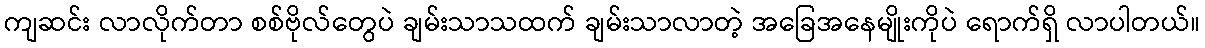
ကျဆင်း လာလိုက်တာ စစ်ဗိုလ်တွေပဲ ချမ်းသာသထက် ချမ်းသာလာတဲ့ အခြေအနေမျိုးကိုပဲ ရောက်ရှိ လာပါတယ်။